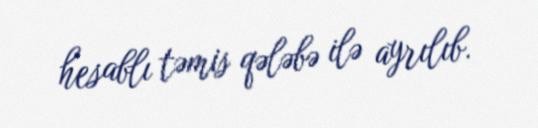
hesablı təmis qələbə ilə ayrılıb.